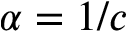
\alpha = 1 / c